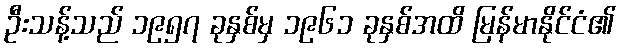
ဦးသန့်သည် ၁၉၅၇ ခုနှစ်မှ ၁၉၆၁ ခုနှစ်အထိ မြန်မာနိုင်ငံ၏